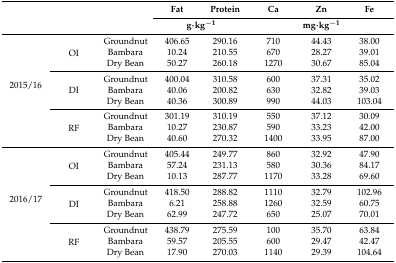
<table><thead><tr><td rowspan="2" colspan="3"></td><td><b>Fat</b></td><td><b>Protein</b></td><td><b>Ca</b></td><td><b>Zn</b></td><td><b>Fe</b></td></tr><tr><td colspan="2"><b>g·kg<sup>−1</sup></b></td><td colspan="3"><b>mg·kg<sup>−1</sup></b></td></tr></thead><tbody><tr><td rowspan="9">2015/16</td><td rowspan="3">OI</td><td>Groundnut</td><td>406.65</td><td>290.16</td><td>710</td><td>44.43</td><td>38.00</td></tr><tr><td>Bambara</td><td>10.24</td><td>210.55</td><td>670</td><td>28.27</td><td>39.01</td></tr><tr><td>Dry Bean</td><td>50.27</td><td>260.18</td><td>1270</td><td>30.67</td><td>85.04</td></tr><tr><td rowspan="3">DI</td><td>Groundnut</td><td>400.04</td><td>310.58</td><td>600</td><td>37.31</td><td>35.02</td></tr><tr><td>Bambara</td><td>40.06</td><td>200.82</td><td>630</td><td>32.82</td><td>39.03</td></tr><tr><td>Dry Bean</td><td>40.36</td><td>300.89</td><td>990</td><td>44.03</td><td>103.04</td></tr><tr><td rowspan="3">RF</td><td>Groundnut</td><td>301.19</td><td>310.19</td><td>550</td><td>37.12</td><td>30.09</td></tr><tr><td>Bambara</td><td>10.27</td><td>230.87</td><td>590</td><td>33.23</td><td>42.00</td></tr><tr><td>Dry Bean</td><td>40.60</td><td>270.32</td><td>1400</td><td>33.95</td><td>87.00</td></tr><tr><td rowspan="9">2016/17</td><td rowspan="3">OI</td><td>Groundnut</td><td>405.44</td><td>249.77</td><td>860</td><td>32.92</td><td>47.90</td></tr><tr><td>Bambara</td><td>57.24</td><td>231.13</td><td>580</td><td>30.36</td><td>84.17</td></tr><tr><td>Dry Bean</td><td>10.13</td><td>287.77</td><td>1170</td><td>33.28</td><td>69.60</td></tr><tr><td rowspan="3">DI</td><td>Groundnut</td><td>418.50</td><td>288.82</td><td>1110</td><td>32.79</td><td>102.96</td></tr><tr><td>Bambara</td><td>6.21</td><td>258.88</td><td>1260</td><td>32.59</td><td>60.75</td></tr><tr><td>Dry Bean</td><td>62.99</td><td>247.72</td><td>650</td><td>25.07</td><td>70.01</td></tr><tr><td rowspan="3">RF</td><td>Groundnut</td><td>438.79</td><td>275.59</td><td>100</td><td>35.70</td><td>63.84</td></tr><tr><td>Bambara</td><td>59.57</td><td>205.55</td><td>600</td><td>29.47</td><td>42.47</td></tr><tr><td>Dry Bean</td><td>17.90</td><td>270.03</td><td>1140</td><td>29.39</td><td>104.64</td></tr></tbody></table>